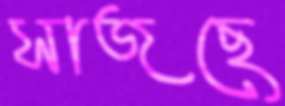
সাজছে